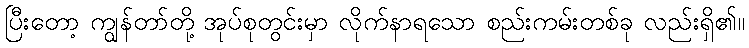
ပြီးတော့ ကျွန်တာ်တို့ အုပ်စုတွင်းမှာ လိုက်နာရသော စည်းကမ်းတစ်ခု လည်းရှိ၏။